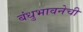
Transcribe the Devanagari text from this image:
बंधुभावनेची